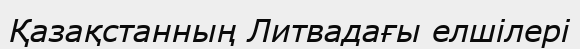
Қазақстанның Литвадағы елшілері